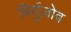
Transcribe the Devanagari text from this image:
बिर्युज़ोव